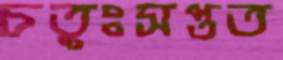
চতুঃসপ্তত